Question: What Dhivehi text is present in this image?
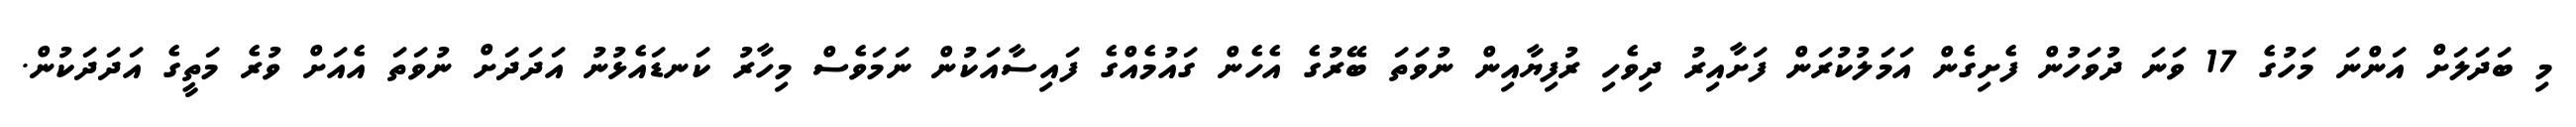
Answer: މި ބަދަލަށް އަންނަ މަހުގެ 17 ވަނަ ދުވަހުން ފެށިގެން އަމަލުކުރަން ފަށާއިރު ދިވެހި ރުފިޔާއިން ނުވަތަ ބޭރުގެ އެހެން ގައުމެއްގެ ފައިސާއަކުން ނަމަވެސް މިހާރު ކަނޑައެޅުނު އަދަދަށް ނުވަތަ އެއަށް ވުރެ މަތީގެ އަދަދަކުން.